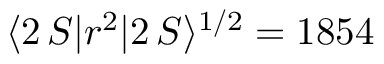
\langle 2 \, S | r ^ { 2 } | 2 \, S \rangle ^ { 1 / 2 } = 1 8 5 4